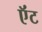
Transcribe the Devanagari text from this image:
ऍंट